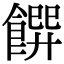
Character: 𩝁